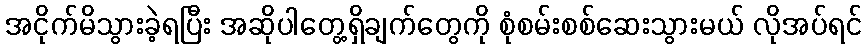
အငိုက်မိသွားခဲ့ရပြီး အဆိုပါတွေ့ရှိချက်တွေကို စုံစမ်းစစ်ဆေးသွားမယ် လိုအပ်ရင်